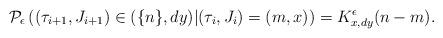
LaTeX: \begin{align*}\mathcal{P}_{\epsilon}\left( (\tau_{i+1}, J_{i+1})\in (\{ n\},dy) |(\tau_i,J_i)=(m,x) \right)=K^{\epsilon}_{x,dy}(n-m).\end{align*}